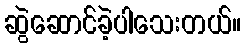
ဆွဲဆောင်ခဲ့ပါသေးတယ်။